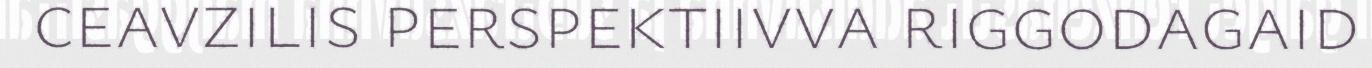
ceavzilis perspektiivva riggodagaid